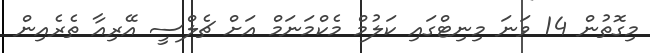
މިގޮތުން 14 ވަނަ މިނިޓްގައި ކަލުމް މެކްމަނަމް އަށް ޗެލްސީ އޭރިއާ ތެރެއިން